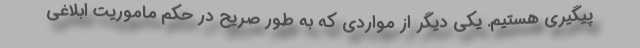
پیگیری هستیم. یکی دیگر از مواردی که به طور صریح در حکم ماموریت ابلاغی